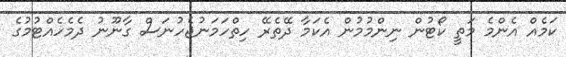
ކަމެއް އެންމެ މަތީ ކޯޓުން ނިންމުމުން އެކަމާ ދޭތެރޭ ހިތްހަމަނުޖެހުނަސް ގާނޫނު ދެމެހެއްޓުމުގެ